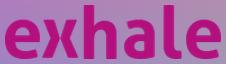
exhale